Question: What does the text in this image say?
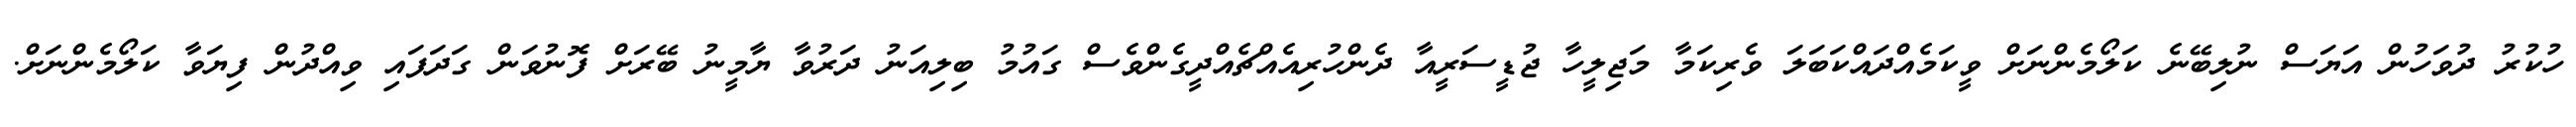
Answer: ހުކުރު ދުވަހުން އަޔަސް ނުލިބޭނެ ކަލޯމެންނަށް ވީކަމެއްދައްކަބަލަ ވެރިކަމާ މަޖިލީހާ ޖުޑީސަރީއާ ދެންހުރިއެއްޗެއްދީގެންވެސް ގައުމު ބިލިއަނު ދަރުވާ ޔާމީނު ބޭރަށް ފޮނުވަން ގަދަފައި ވިއްދުން ފިޔަވާ ކަލޯމެންނަށް.